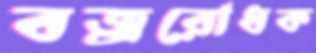
বজ্ররোধক